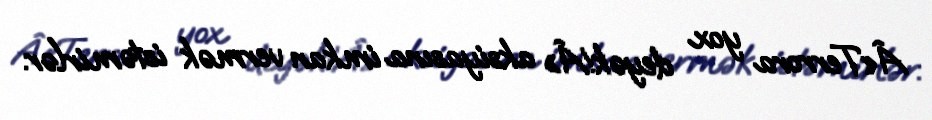
Â«Terrora yox deyək!Â» aksiyasına imkan vermək istəmirlər.